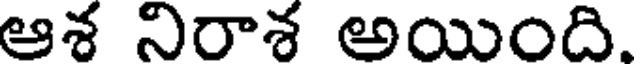
ఆశ నిరాశ అయింది.